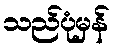
သည်ပုံမှန်